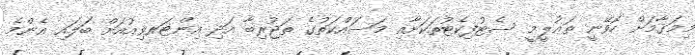
މިމަޤާމަށް ހޮވޭނީ ތަޢުލީމީ ސެޓުފިކެޓުތަކަށާއި މަސައްކަތުގެ ތަޖުރިބާ އަދި އިންޓަރވިއުއަށް ބަލައިި އެންމެ